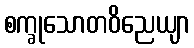
စက္ခုသောတဝိညေယျာ